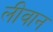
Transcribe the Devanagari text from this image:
लीवान